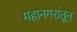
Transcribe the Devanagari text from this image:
महानगरांतून